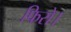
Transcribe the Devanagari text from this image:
फिरो।